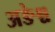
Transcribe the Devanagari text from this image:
अङेश्च